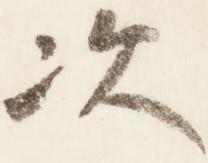
次